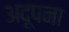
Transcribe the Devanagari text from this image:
अदूपना